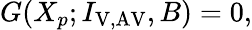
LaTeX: \begin{array}{r}{G(X_{p};I_{\mathrm{V,AV}},B)=0,}\end{array}